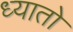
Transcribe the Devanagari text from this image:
ध्यातो